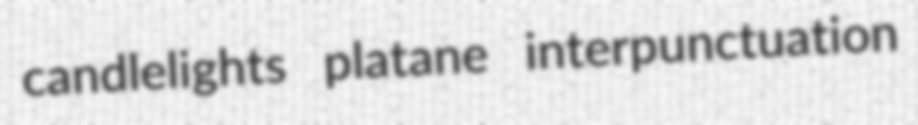
candlelights platane interpunctuation